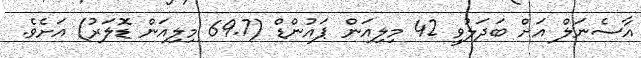
އާސެނަލް އަށް ބަދަލުވީ 42 މިލިއަން ޕައުންޑް (69.7 މިލިއަން ޑޮލަރު) އަށެވެ.